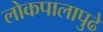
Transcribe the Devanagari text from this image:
लोकपालापुढे